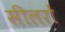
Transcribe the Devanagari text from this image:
सीलरों